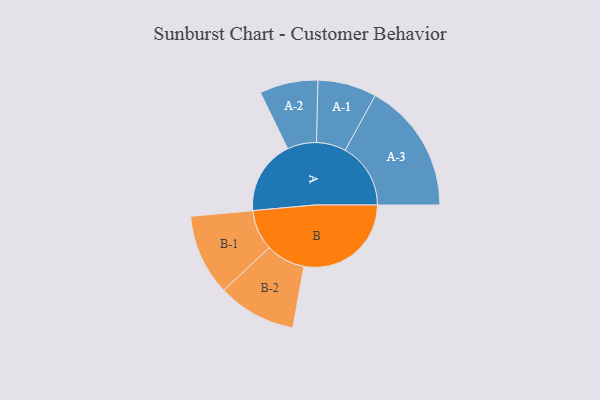
{"axis": {"x": "Segment", "y": "Value"}, "legend": ["", "A", "B"], "data": [{"x": "A", "y": 300, "type": ""}, {"x": "B", "y": 434, "type": ""}, {"x": "A-1", "y": 119, "type": "A"}, {"x": "A-2", "y": 118, "type": "A"}, {"x": "A-3", "y": 265, "type": "A"}, {"x": "B-1", "y": 164, "type": "B"}, {"x": "B-2", "y": 159, "type": "B"}]}